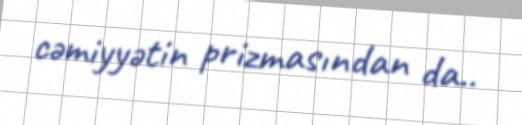
cəmiyyətin prizmasından da..